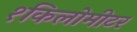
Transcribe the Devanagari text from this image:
१किलोमीटर